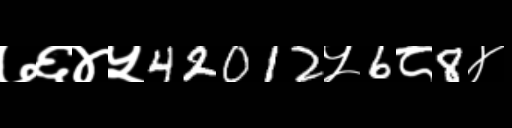
Text: ७६४५42012५6८8४